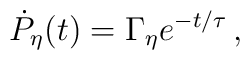
\dot P_{\eta}(t)=\Gamma _{\eta}e^{-t/\tau} \, ,